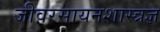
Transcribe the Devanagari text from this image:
जीवरसायनशास्त्रज्ञ